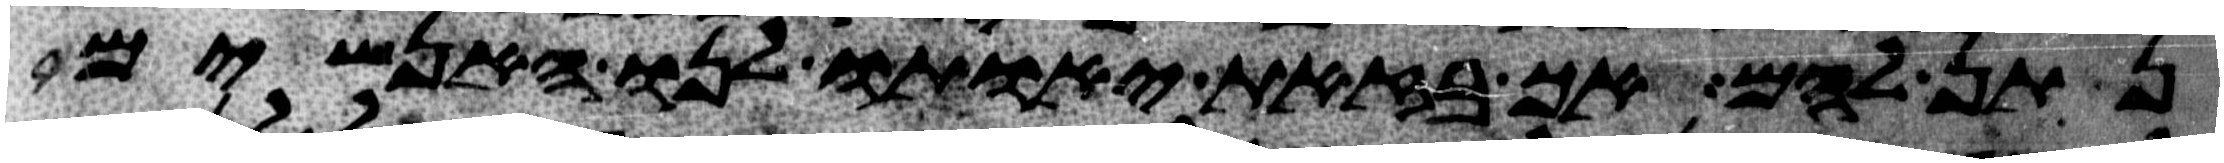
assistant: נתן להם אך בזאת יאותו לנו האנשים